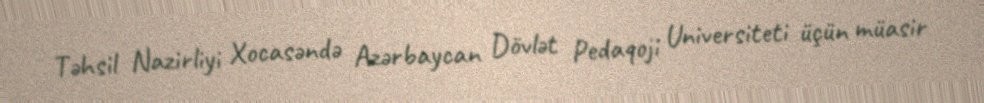
Təhsil Nazirliyi Xocasəndə Azərbaycan Dövlət Pedaqoji Universiteti üçün müasir